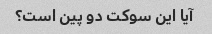
آیا این سوکت دو پین است؟